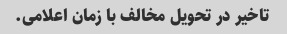
تاخیر در تحویل مخالف با زمان اعلامی.